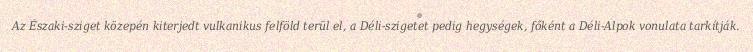
Az Északi-sziget közepén kiterjedt vulkanikus felföld terül el, a Déli-szigetet pedig hegységek, főként a Déli-Alpok vonulata tarkítják.